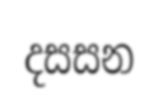
දසසන